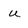
Character: u